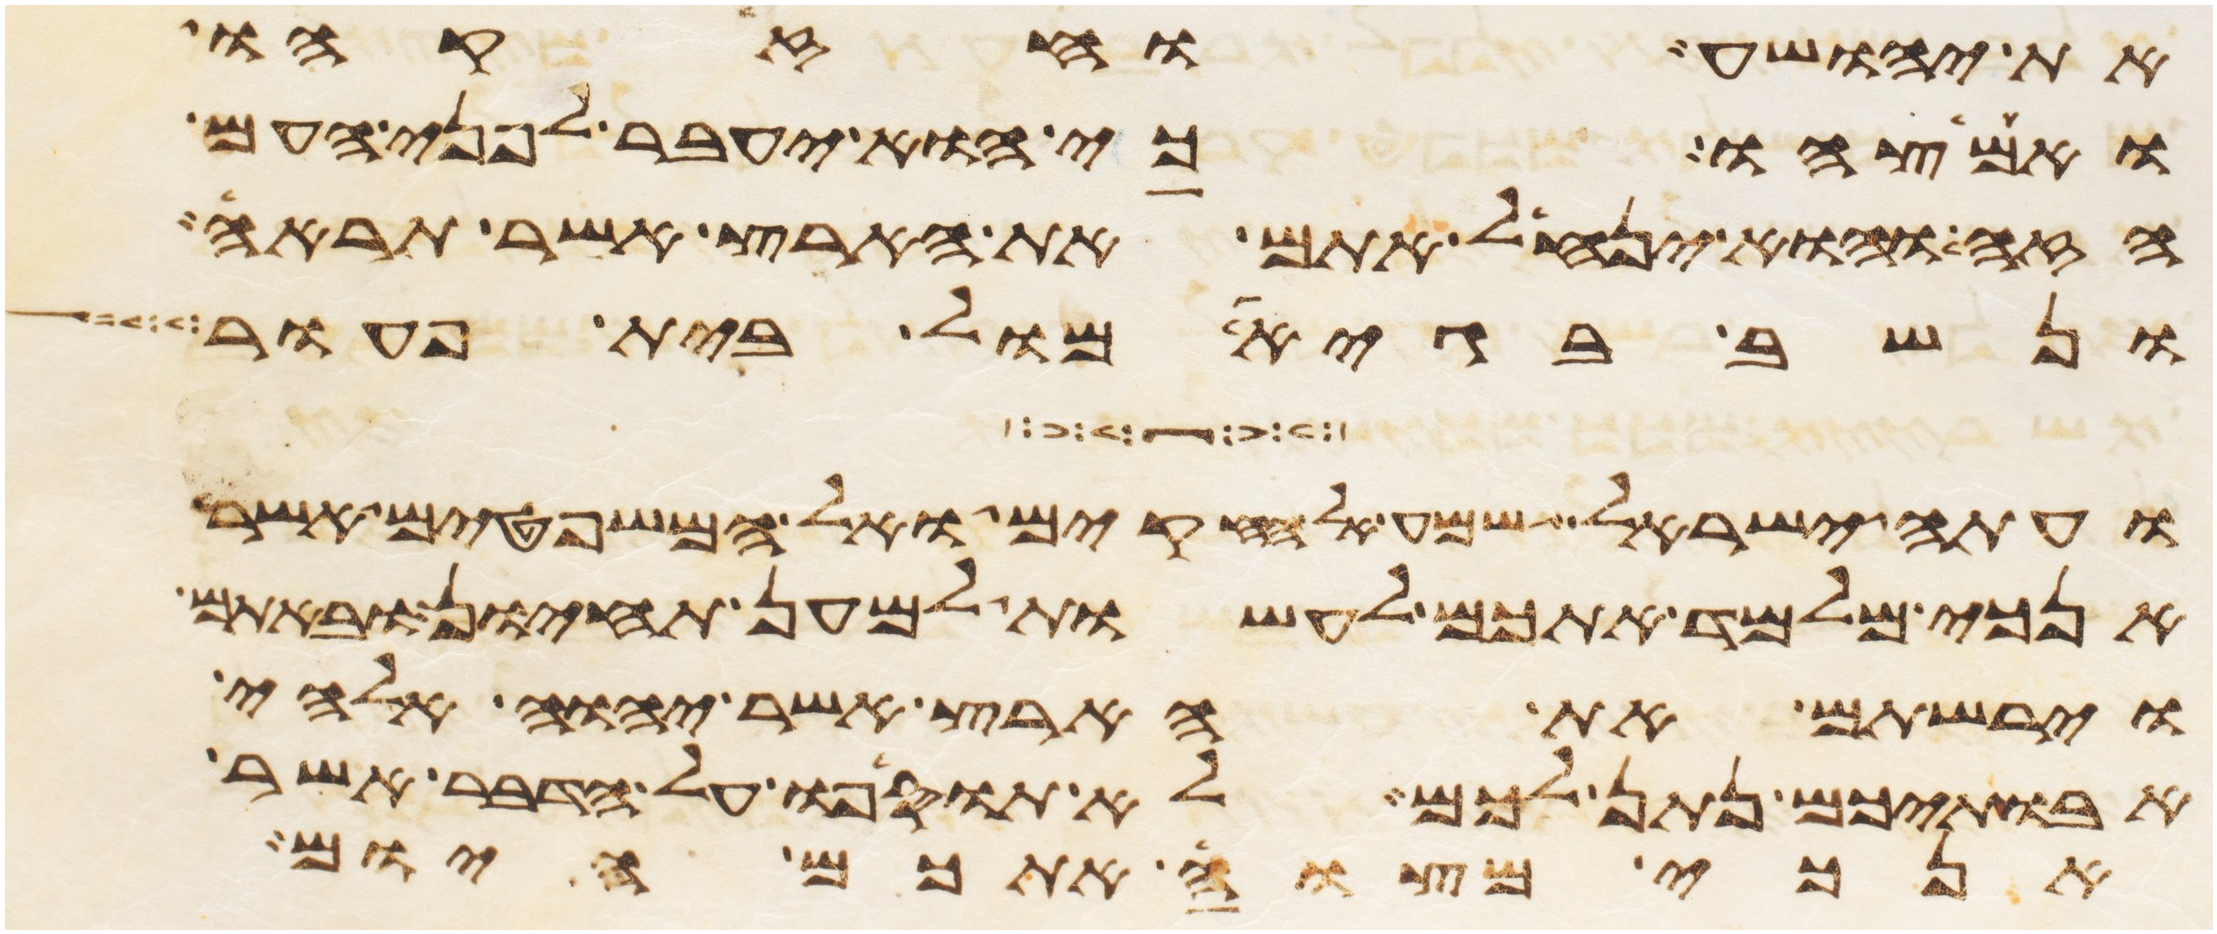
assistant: את יהושע וחזקהו
ואמצהו כי הוא יעבר לפני העם
הזה והוא ינחל אתם את הארץ אשר תראה
ונשב בגיא מול בית פעור
ועתה ישראל שמע אל החקים ואל המשפטים אשר
אנכי מלמד אתכם לעשות למען תחיון ובאתם
וירשתם את הארץ אשר יהוה אלהי
אבתיכם נתן לכם לא תוסיפו על הדבר אשר
אנכי מצוה אתכם היום